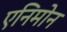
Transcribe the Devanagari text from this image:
एनिमोन